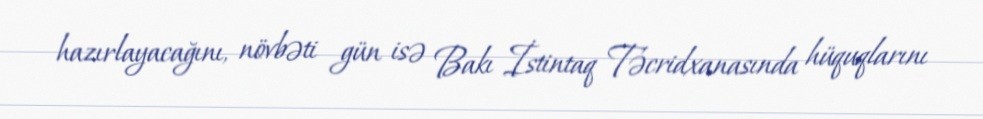
hazırlayacağını, növbəti gün isə Bakı İstintaq Təcridxanasında hüquqlarını